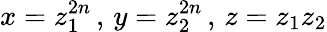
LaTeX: x=z_{1}^{2n}\, ,\, y=z_{2}^{2n}\, ,\, z=z_{1}z_{2}